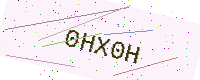
Text: 0HX0H